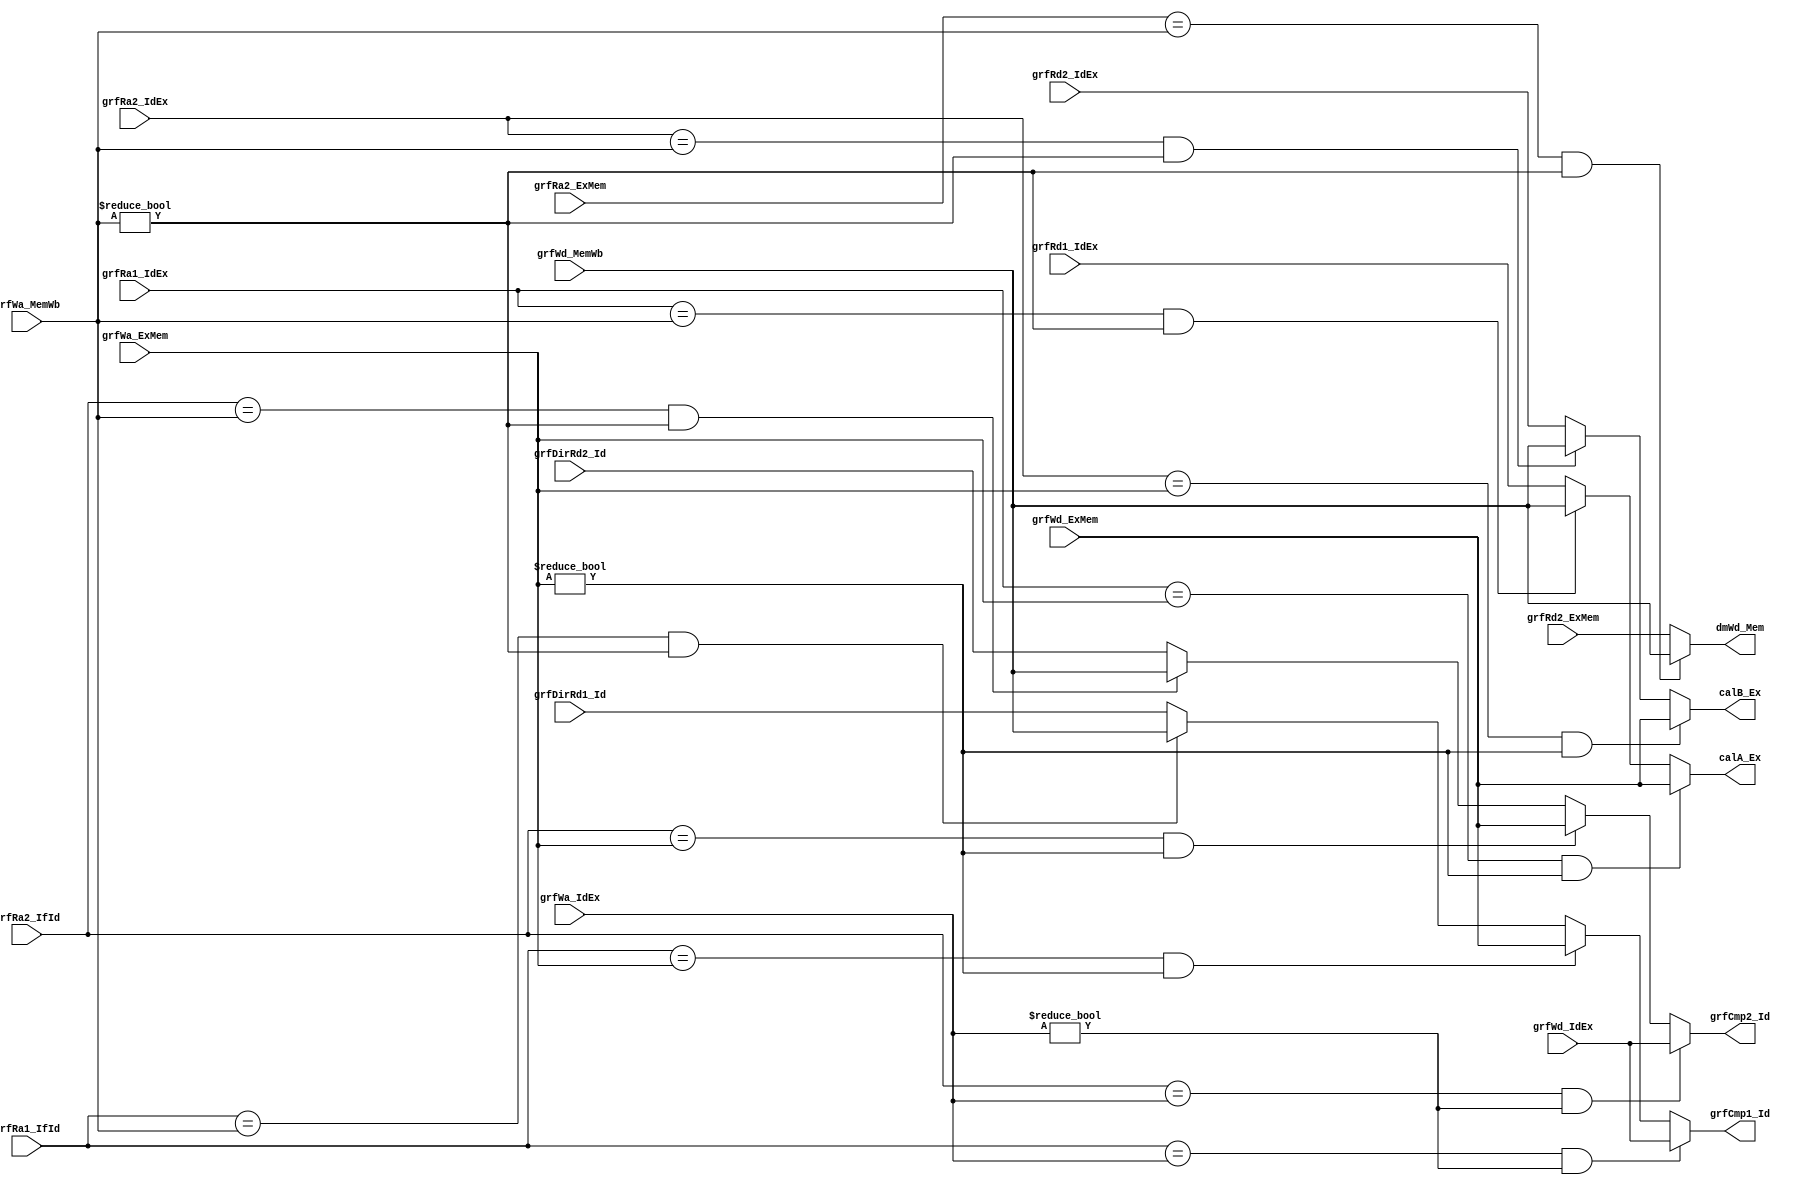
`timescale 1ns / 1ps
//////////////////////////////////////////////////////////////////////////////////
// Company: 
// Engineer: 
// 
// Design Name: 
// Module Name:    ForwardSel 
// Project Name: 
// Target Devices: 
// Tool versions: 
// Description: 
//
// Dependencies: 
//
// Revision: 
// Revision 0.01 - File Created
// Additional Comments: 
//
//////////////////////////////////////////////////////////////////////////////////
module ForwardSel(
	//for IdCmp
	input [4:0]grfRa1_IfId,
	input [4:0]grfRa2_IfId,
	input [4:0]grfWa_IdEx,
	input [4:0]grfWa_ExMem,
	input [4:0]grfWa_MemWb,
	input [31:0]grfWd_IdEx,
	input [31:0]grfWd_ExMem,
	input [31:0]grfWd_MemWb,
	input [31:0]grfDirRd1_Id,
	input [31:0]grfDirRd2_Id,
	output [31:0]grfCmp1_Id,
	output [31:0]grfCmp2_Id,
	//for calA, calB
	input [4:0]grfRa1_IdEx,
	input [4:0]grfRa2_IdEx,
	input [31:0]grfRd1_IdEx,
	input [31:0]grfRd2_IdEx,
	output [31:0]calA_Ex,
	output [31:0]calB_Ex,
	//for dmWd
	input [4:0]grfRa2_ExMem,
	input [31:0]grfRd2_ExMem,
	output [31:0]dmWd_Mem
    );
	 
	 //for IdCmp
	assign grfCmp1_Id = ((grfRa1_IfId == grfWa_IdEx) & (grfWa_IdEx != 0))?
							  (grfWd_IdEx):
							  ((grfRa1_IfId == grfWa_ExMem) & (grfWa_ExMem != 0))?
							  (grfWd_ExMem):
							  ((grfRa1_IfId == grfWa_MemWb) & (grfWa_MemWb != 0))?
							  (grfWd_MemWb):
							  grfDirRd1_Id;
						  
	assign grfCmp2_Id = ((grfRa2_IfId == grfWa_IdEx) & (grfWa_IdEx != 0))?
							  (grfWd_IdEx):
							  ((grfRa2_IfId == grfWa_ExMem) & (grfWa_ExMem != 0))?
							  (grfWd_ExMem):
							  ((grfRa2_IfId == grfWa_MemWb) & (grfWa_MemWb != 0))?
							  (grfWd_MemWb):
							  grfDirRd2_Id;
	///////////					  
	
	////for calA, calB
	assign calA_Ex = ((grfRa1_IdEx == grfWa_ExMem) & (grfWa_ExMem != 0))?
						  (grfWd_ExMem) :
						  ((grfRa1_IdEx == grfWa_MemWb) & (grfWa_MemWb != 0))?
						  (grfWd_MemWb) :
						  (grfRd1_IdEx);
						  
	assign calB_Ex = ((grfRa2_IdEx == grfWa_ExMem) & (grfWa_ExMem != 0))?
						  (grfWd_ExMem) :
						  ((grfRa2_IdEx == grfWa_MemWb) & (grfWa_MemWb != 0))?
						  (grfWd_MemWb) :
						  (grfRd2_IdEx);
	//////////////////

	//for dmWd
	assign dmWd_Mem = ((grfRa2_ExMem == grfWa_MemWb) & (grfWa_MemWb != 0))?
							(grfWd_MemWb):
							(grfRd2_ExMem);
	//////////
	
endmodule